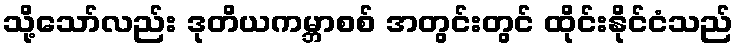
သို့သော်လည်း ဒုတိယကမ္ဘာစစ် အတွင်းတွင် ထိုင်းနိုင်ငံသည်